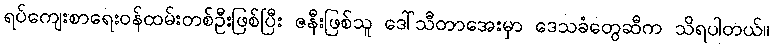
ရပ်ကျေးစာရေးဝန်ထမ်းတစ်ဦးဖြစ်ပြီး ဇနီးဖြစ်သူ ဒေါ်သီတာအေးမှာ ဒေသခံတွေဆီက သိရပါတယ်။